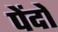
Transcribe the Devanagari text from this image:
पेंदों